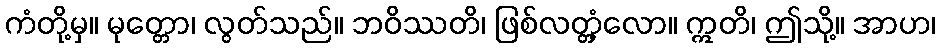
ကံတို့မှ။ မုတ္တော၊ လွတ်သည်။ ဘဝိဿတိ၊ ဖြစ်လတ္တံ့လော။ ဣတိ၊ ဤသို့။ အာဟ၊